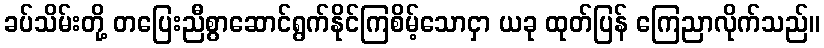
ခပ်သိမ်းတို့ တပြေးညီစွာဆောင်ရွက်နိုင်ကြစိမ့်သောငှာ ယခု ထုတ်ပြန် ကြေညာလိုက်သည်။